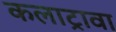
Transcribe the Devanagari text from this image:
कलाट्रावा